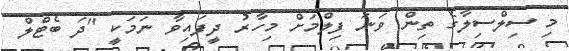
މި ސިލްސިލާގެ ތިން ވަނަ ފިލްމަށް މިހާރު ދީފައިވާ ނަމަކީ "ދަ ބެޓްލް